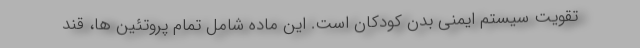
تقویت سیستم ایمنی بدن کودکان است. این ماده شامل تمام پروتئین ها، قند